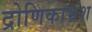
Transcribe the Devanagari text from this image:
द्रोणिकाभ्रंश